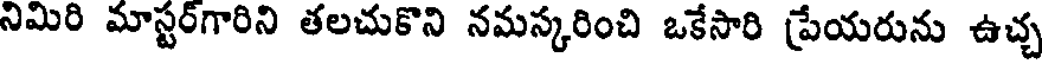
నిమిరి మాస్టర్గారిని తలచుకొని నమస్కరించి ఒకేసారి ప్రేయరును ఉచ్చ